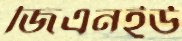
জিএনইউ